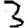
Digit: 3